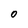
Character: 0